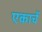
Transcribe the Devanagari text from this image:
एकाचें